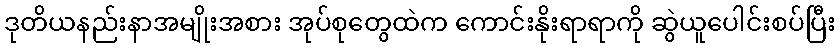
ဒုတိယနည်းနာအမျိုးအစား အုပ်စုတွေထဲက ကောင်းနိုးရာရာကို ဆွဲယူပေါင်းစပ်ပြီး